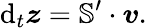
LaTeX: \mathrm{d}_{t}\boldsymbol{z}=\mathbb{S}^{\prime}\cdot\boldsymbol{v}.